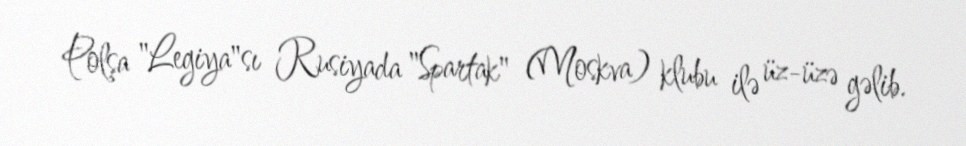
Polşa "Legiya"sı Rusiyada "Spartak" (Moskva) klubu ilə üz-üzə gəlib.